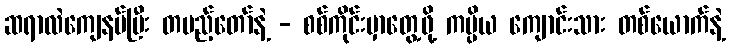
ဆရာလဲကျေနပ်ပြီး တပည့်တော်နဲ့ - စစ်ကိုင်းမှာတွေ့ဖို့ ကပ္ပိယ ကျောင်းသား တစ်ယောက်နဲ့